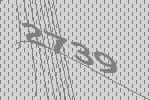
2739